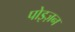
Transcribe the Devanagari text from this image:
पोइज़न